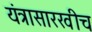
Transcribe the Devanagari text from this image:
यंत्रासारखीच